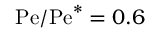
\mathrm { P e } / \mathrm { P e } ^ { * } = 0 . 6